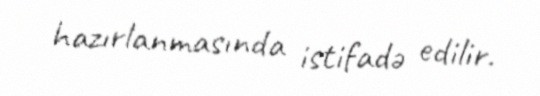
hazırlanmasında istifadə edilir.